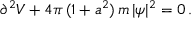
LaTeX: \partial ^ { 2 } V + 4 \pi \, ( 1 + a ^ { 2 } ) \, m \, | \psi | ^ { 2 } = 0 \, .